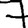
Digit: 7